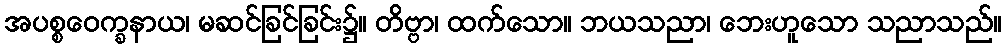
အပစ္စဝေက္ခနာယ၊ မဆင်ခြင်ခြင်း၌။ တိဗ္ဗာ၊ ထက်သော။ ဘယသညာ၊ ဘေးဟူသော သညာသည်။